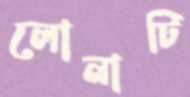
লোনাটি